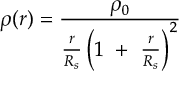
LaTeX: \rho ( r ) = { \frac { \rho _ { 0 } } { { \frac { r } { R _ { s } } } \left( 1 ~ + ~ { \frac { r } { R _ { s } } } \right) ^ { 2 } } }